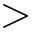
>